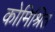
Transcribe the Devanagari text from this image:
कोमिश्रित